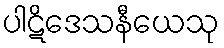
ပါဋိဒေသနီယေသု